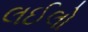
લઈલો